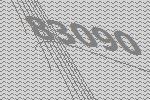
83090